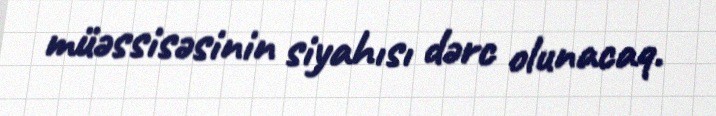
müəssisəsinin siyahısı dərc olunacaq.